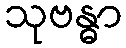
သုဗန္ဓာ